Regulations for the medical services of the Army of India
Year: 1930
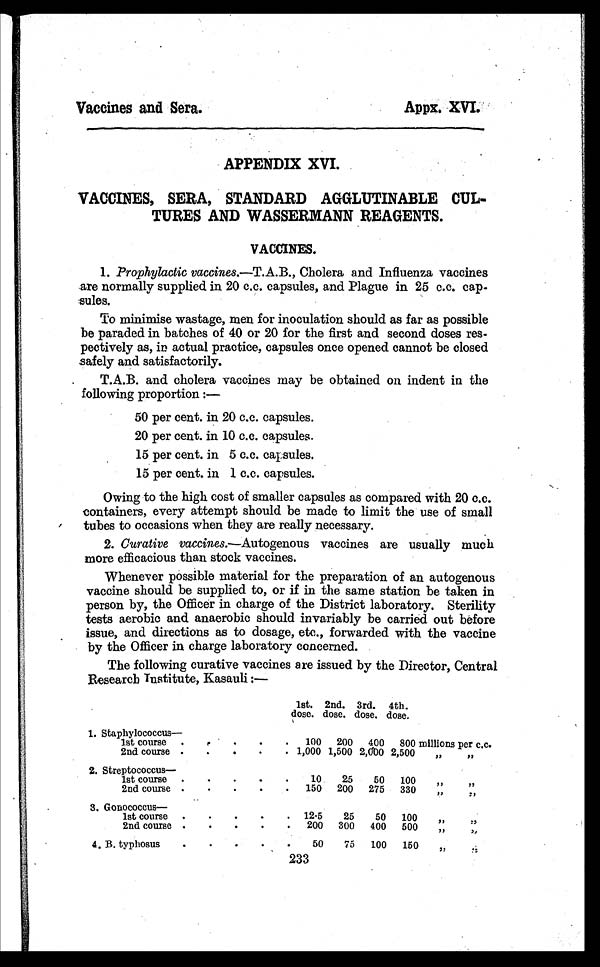
Vaccines and Sera. Appx. XVI.
APPENDIX XVI.
VACCINES, SERA, STANDARD AGGLUTINABLE CUL
-TURES AND WASSERMANN REAGENTS.
VACCINES.
1 . P r o p h y l a c t i c v a c c i n e s . — T . A . B . ,C
h o l e r a a n d I n f l u e n z a v a c c i n e s
are normally supplied in 20 c.c. capsules, and Plague in 25 c.c. cap
- s u l e s .
To minimise wastage, men for inoculation should as far as possible
be paraded in batches of 40 or 20 for the first and second doses res
- p e c t i v e l y a s , i n a c t u a l p r a c t i c e , c a p s u l e s o n c e o p e n e d c a n n o t b e c l o s e d
safely and satisfactorily.
T.A.B. and cholera vaccines may be obtained on indent in the
following proportion :—
50 per cent. in 20 c.c. capsules.
20 per cent. in 10 c.c. capsules.
15 per cent. in 5 c.c. capsules.
15 per cent. in 1 c.c. capsules.
Owing to the high cost of smaller capsules as compared with 20 c.c.
containers, every attempt should be made to limit the use of small
tubes to occasions when they are really necessary.
2. Curative vaccines.—Autogenous vaccines are usually much
more efficacious than stock vaccines.
Whenever possible material for the preparation of an autogenous
vaccine should be supplied to, or if in the same station be taken in
person by, the Officer in charge of the District laboratory. Sterility
tests aerobic and anaerobic should invariably be carried out before
issue, and directions as to dosage, etc., forwarded with the vaccine
by the Officer in charge laboratory concerned.
The following curative vaccines are issued by the Director, Central
Research Institute, Kasauli:—
1st.
dose.
2nd.
dose.
3rd.
dose,
4th.
dose.
1. Staphylococcus —
1st course . . .
2nd course . . .
100
1,000
200
1,500
400
2,000
800 millions per c.c.
2,500 " "
2. Streptococcus —
1st course . . .
2nd course . . .
10
150
25
200
50
275
100 " "
330 " "
3. Gonococcus —
1st course
. . .
2nd course . . .
12.5
200
25
300
50
400
100 " "
500 " "
4. B. typhosus . . .
50 75 100 150 " "
233